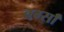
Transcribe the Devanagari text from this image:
बर्ग्साँ